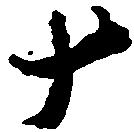
十